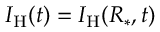
I _ { \mathrm { H } } ( t ) = { \cal I } _ { \mathrm { H } } ( R _ { * } , t )